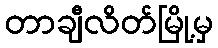
တာချီလိတ်မြို့မှ